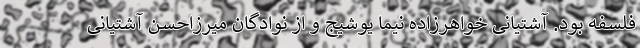
فلسفه بود. آشتیانی خواهرزاده نیما یوشیج و از نوادگان میرزاحسن آشتیانی